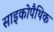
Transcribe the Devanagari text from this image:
साइकोपैथिक